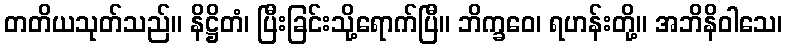
တတိယသုတ်သည်။ နိဋ္ဌိတံ၊ ပြီးခြင်းသို့ရောက်ပြီ။ ဘိက္ခဝေ၊ ရဟန်းတို့။ အဘိနိဝါသေ၊